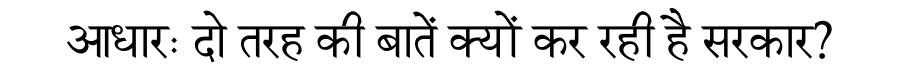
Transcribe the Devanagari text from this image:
आधारः दो तरह की बातें क्यों कर रही है सरकार?